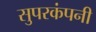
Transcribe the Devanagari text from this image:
सुपरकंपनी